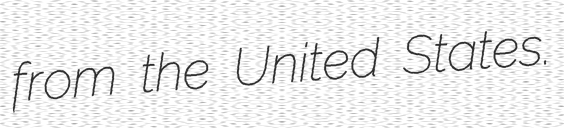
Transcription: from the United States.